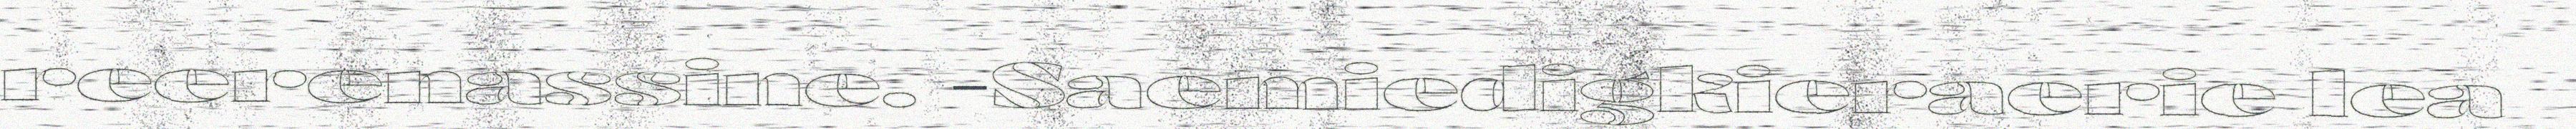
reerenassine. -Saemiedigkieraerie lea